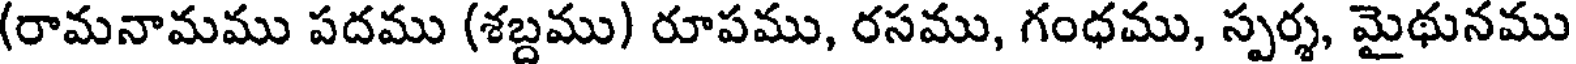
(రామనామము పదము (శబ్దము) రూపము, రసము, గంధము, స్పర్శ, మైథునము